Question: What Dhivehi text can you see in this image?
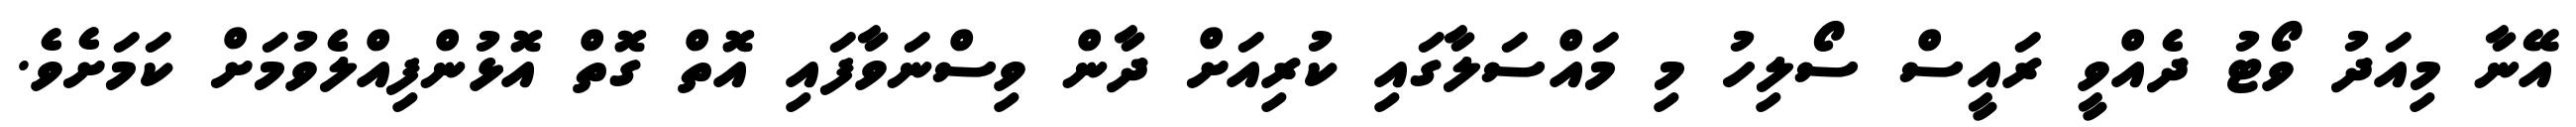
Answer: އޭނާ މިއަދު ވޯޓު ދެއްވީ ރައީސް ސޯލިހު މި މައްސަލާގައި ކުރިއަށް ދާން ވިސްނަވާފައި އޮތް ގޮތް އޮޅުންފިއްލެވުމަށް ކަމަށެވެ.